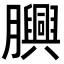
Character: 𦢯